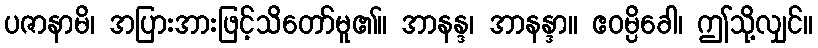
ပဇာနာမိ၊ အပြားအားဖြင့်သိတော်မူ၏။ အာနန္ဒ၊ အာနန္ဒာ။ ဧဝမ္ပိခေါ၊ ဤသို့လျှင်။